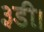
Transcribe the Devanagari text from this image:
३डी।